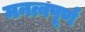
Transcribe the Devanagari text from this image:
मनत्वपूर्ण